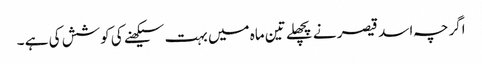
اگرچہ اسد قیصر نے پچھلے تین ماہ میں بہت سیکھنے کی کوشش کی ہے ۔